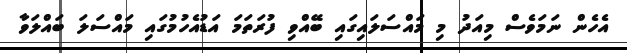
އެހެން ނަމަވެސް މިއަދު މި މައްސަލައިގައި ބޭއްވި ފުރަތަމަ އަޑުއެހުމުގައި މައްސަލަ ބައްލަވާ